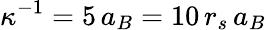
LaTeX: \kappa^{-1}=5\, a_{B}=10\, r_{s}\, a_{B}